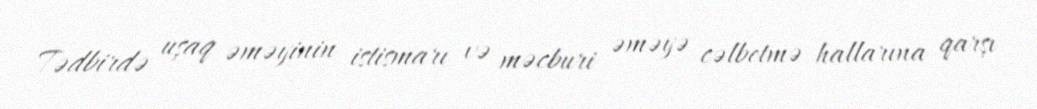
Tədbirdə uşaq əməyinin istismarı və məcburi əməyə cəlbetmə hallarına qarşı